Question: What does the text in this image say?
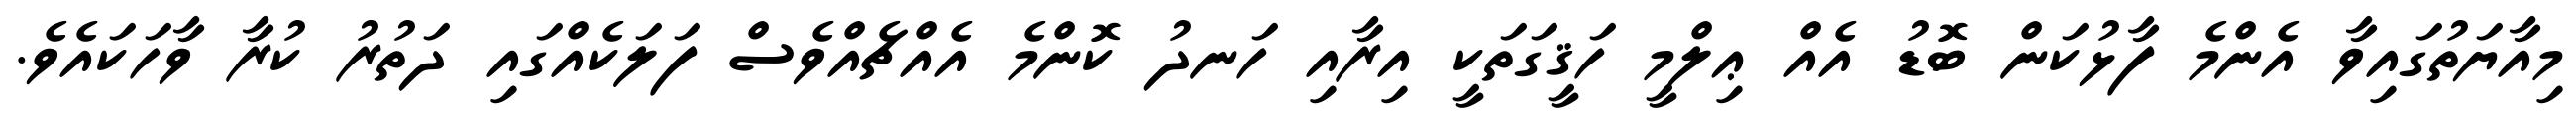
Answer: މިއާޔަތުގައިވާ އެންމެ ފާޅުކަން ބޮޑު އެއް ޢިލްމީ ހަޤީގަތަކީ އިރާއި ހަނދު ކޮންމެ އެއްޗެއްވެސް ފަލަކެއްގައި ދަތުރު ކުރާ ވާހަކައެވެ.